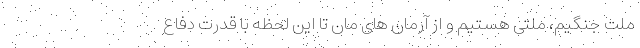
ملت جنگیم، ملتی هستیم و از آرمان های مان تا این لحظه با قدرت دفاع